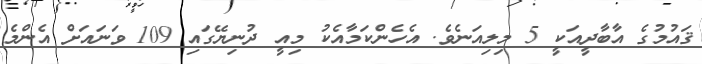
ޤައުމުގެ އާބާދީއަކީ 5 މިލިއަނެވެ. އެހެންކަމާއެކު މިއީ ދުނިޔޭގައި 109 ވަނައަށް އެންމެ